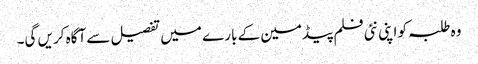
وہ طلبہ کو اپنی نئی فلم پیڈمین کے بارے میں تفصیل سے آگاہ کریں گی۔